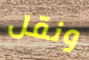
ونقل